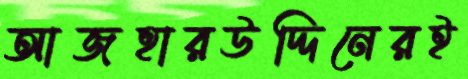
আজহারউদ্দিনেরই